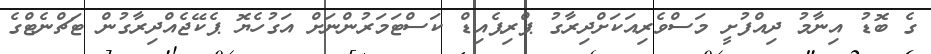
ގެ ބޮޑު އިނާމު ދިއްފުށީ މަސްވެރިއަކަށްދިރާގު ޕްރިޕެއިޑް ކަސްޓަމަރުންނަށް އަގުހެޔޮ ޕެކޭޖެއްދިރާގުން ޓަޗްނެޓްގެ